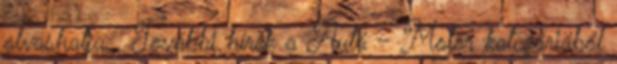
olvashatja . További hírek a Autó - Motor kategóriából